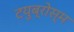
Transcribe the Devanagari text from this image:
टयुब्रोस्म